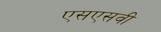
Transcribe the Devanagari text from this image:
एसएसवी